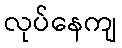
လုပ်နေကျ